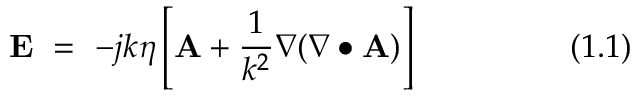
\mathbf { E } ~ = ~ - j k \eta \left[ \mathbf { A } + { \frac { 1 } { k ^ { 2 } } } \nabla ( \nabla \bullet \mathbf { A } ) \right] ~ ~ ~ ~ ~ ~ ~ ~ ~ ~ ~ ~ ~ ~ ( 1 . 1 )